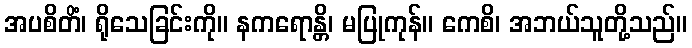
အပစိတိံ၊ ရိုသေခြင်းကို။ နကရောန္တိ၊ မပြုကုန်။ ကေစိ၊ အဘယ်သူတို့သည်။